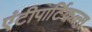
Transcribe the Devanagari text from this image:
एंटीपार्टिकल्स